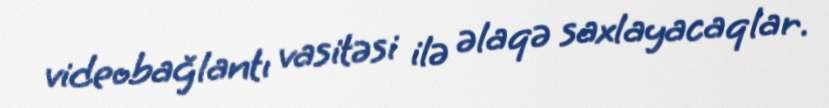
videobağlantı vasitəsi ilə əlaqə saxlayacaqlar.